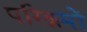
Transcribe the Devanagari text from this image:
परिश्रमों